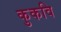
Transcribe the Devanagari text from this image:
कुकवि